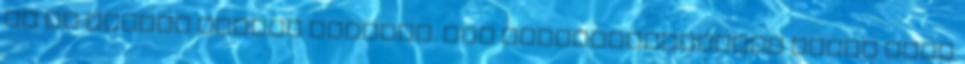
le se szarta amikor odament. UGH felbosszantottam magam ezen